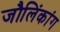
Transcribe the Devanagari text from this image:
जौलिंकांग